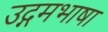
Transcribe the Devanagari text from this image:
उद्गमभाषा